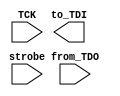
module TDO_Monitor (to_TDI, from_TDO, strobe, TCK);
  parameter 			BSC_Reg_size = 14;
  output				to_TDI;
  input				from_TDO, strobe, TCK;
  reg	[BSC_Reg_size -1: 0]	TDI_Reg, Pattern_Buffer_1, Pattern_Buffer_2, 
				Captured_Pattern, TDO_Reg;
  reg 				Error;
  parameter			test_width = 5;
  wire enableTDO = t_ASIC_with_TAP.M0.enableTDO;
  wire	[test_width -1: 0]		Expected_out = 
Pattern_Buffer_2 [BSC_Reg_size -1: BSC_Reg_size - test_width];

  wire	[test_width -1: 0]		ASIC_out = 
TDO_Reg [BSC_Reg_size - 1: BSC_Reg_size - test_width];

  initial 				Error = 0;

always @ (negedge enableTDO) if (strobe == 1) Error = |(Expected_out ^ ASIC_out);

  always @ (posedge TCK) if (enableTDO) begin
      Pattern_Buffer_1 <= {to_TDI, Pattern_Buffer_1 [BSC_Reg_size -1: 1]};
      Pattern_Buffer_2 <= {Pattern_Buffer_1 [0], Pattern_Buffer_2 [BSC_Reg_size -1: 1]};
      TDO_Reg <= {from_TDO, TDO_Reg [BSC_Reg_size -1: 1]};
  end  
endmodule